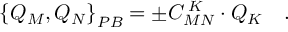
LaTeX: \left\{ Q _ { M } , Q _ { N } \right\} _ { P B } = \pm C _ { M N } ^ { \; K } \cdot Q _ { K } \quad .